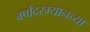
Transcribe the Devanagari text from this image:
वर्षांदरम्यानच्या